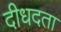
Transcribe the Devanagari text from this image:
दीधदता